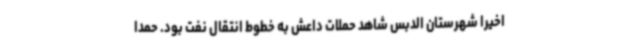
اخیرا شهرستان الدبس شاهد حملات داعش به خطوط انتقال نفت بود. حمدا